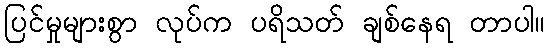
ပြင်မှုများစွာ လုပ်က ပရိသတ် ချစ်နေရ တာပါ။